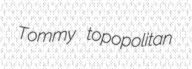
Tommy topopolitan